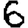
Digit: 6